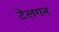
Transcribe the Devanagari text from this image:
टेलगन